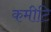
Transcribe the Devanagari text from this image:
कमीटि